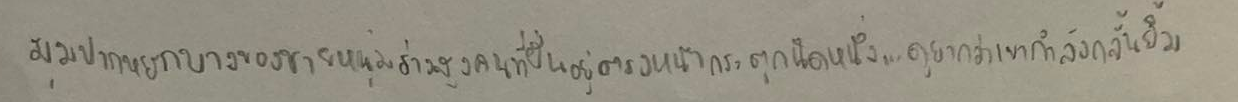
มุมปากหยักบางของชายหนุ่มร่างสูงคนที่ยืนอยู่ตรงหน้ากระตุกนิดหนึ่ง...ดูยากว่าเขากำลังกลั้นยิ้ม